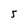
Character: 5